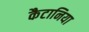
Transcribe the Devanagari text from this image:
कैटानिया